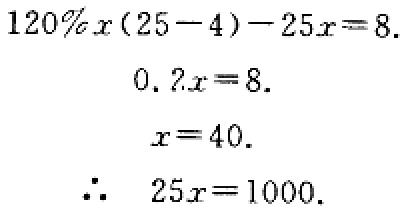
\[
\begin{align*}
120\%x(25 - 4)-25x&=8.\\
0.2x&=8.\\
x&=40.\\
\therefore\ 25x&=1000.
\end{align*}
\]